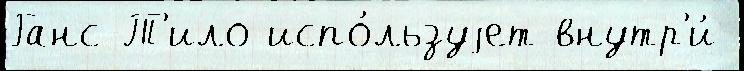
Ганс-Т'ило испо́льзуjет внутр'и́